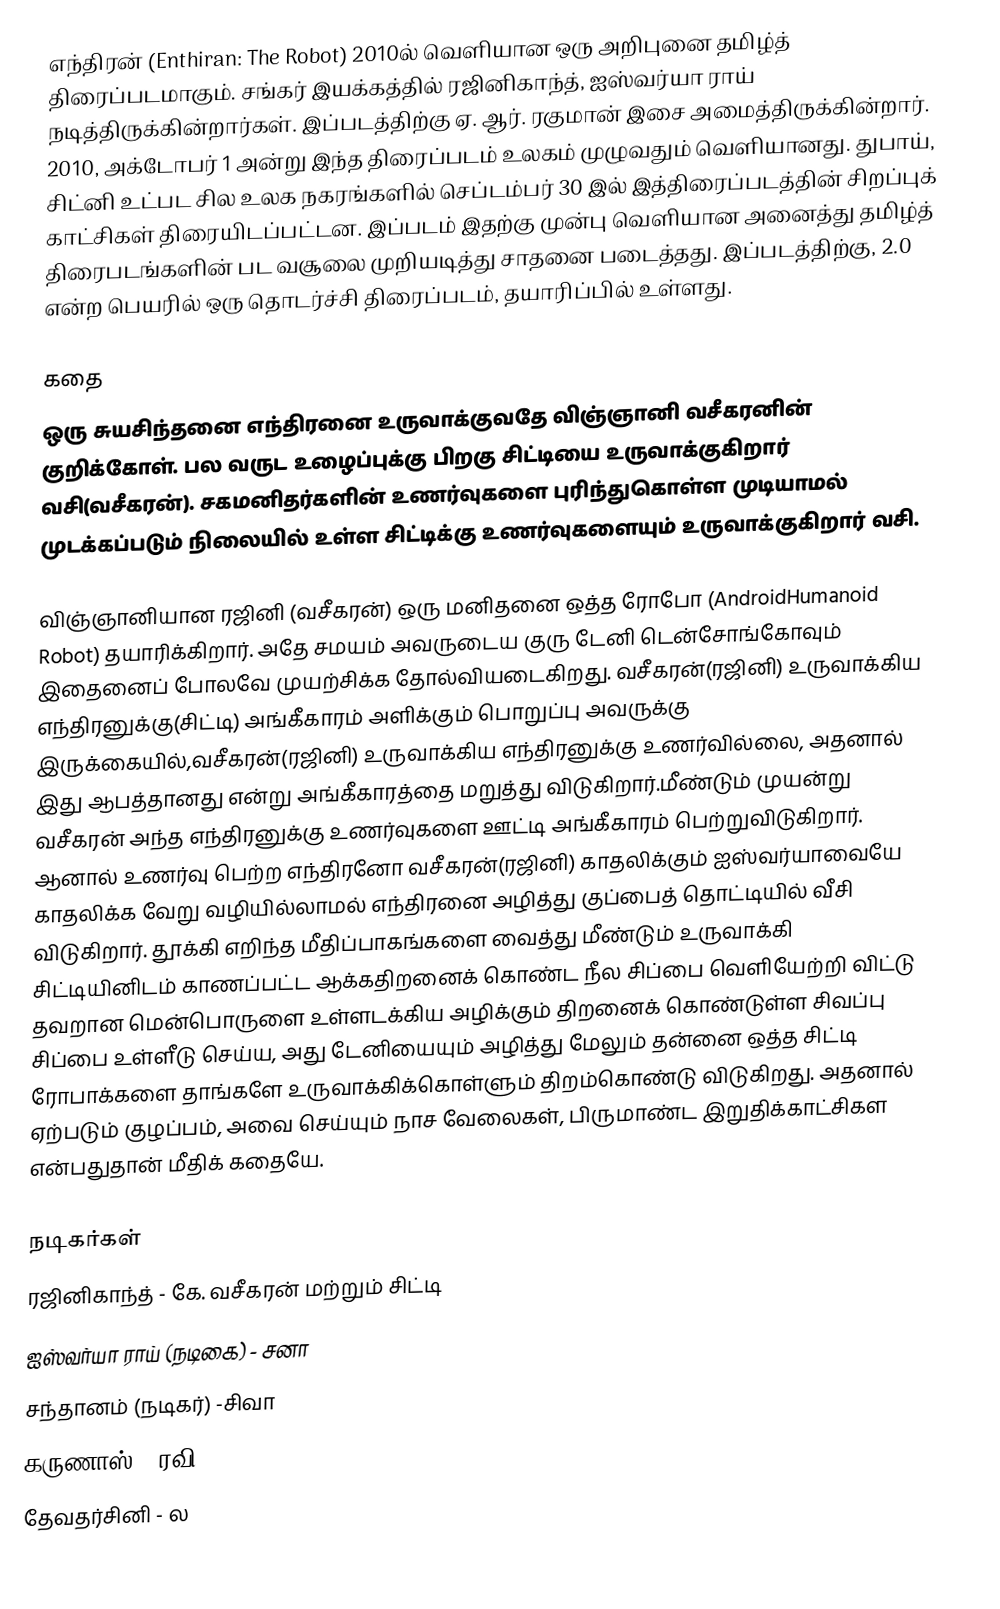
எந்திரன் (Enthiran: The Robot) 2010ல் வெளியான ஒரு அறிபுனை தமிழ்த் திரைப்படமாகும். சங்கர் இயக்கத்தில் ரஜினிகாந்த், ஐஸ்வர்யா ராய் நடித்திருக்கின்றார்கள். இப்படத்திற்கு ஏ. ஆர். ரகுமான் இசை அமைத்திருக்கின்றார். 2010, அக்டோபர் 1 அன்று இந்த திரைப்படம் உலகம் முழுவதும் வெளியானது. துபாய், சிட்னி உட்பட சில உலக நகரங்களில் செப்டம்பர் 30 இல் இத்திரைப்படத்தின் சிறப்புக் காட்சிகள் திரையிடப்பட்டன. இப்படம் இதற்கு முன்பு வெளியான அனைத்து தமிழ்த் திரைபடங்களின் பட வசூலை முறியடித்து சாதனை படைத்தது. இப்படத்திற்கு, 2.0 என்ற பெயரில் ஒரு தொடர்ச்சி திரைப்படம், தயாரிப்பில் உள்ளது.

கதை
ஒரு சுயசிந்தனை எந்திரனை உருவாக்குவதே விஞ்ஞானி வசீகரனின் குறிக்கோள். பல வருட உழைப்புக்கு பிறகு சிட்டியை உருவாக்குகிறார் வசி(வசீகரன்). சகமனிதர்களின் உணர்வுகளை புரிந்துகொள்ள முடியாமல் முடக்கப்படும் நிலையில் உள்ள சிட்டிக்கு உணர்வுகளையும் உருவாக்குகிறார் வசி.

விஞ்ஞானியான ரஜினி (வசீகரன்) ஒரு மனிதனை ஒத்த ரோபோ (AndroidHumanoid Robot) தயாரிக்கிறார். அதே சமயம் அவருடைய குரு டேனி டென்சோங்கோவும் இதைனைப் போலவே முயற்சிக்க தோல்வியடைகிறது. வசீகரன்(ரஜினி) உருவாக்கிய எந்திரனுக்கு(சிட்டி) அங்கீகாரம் அளிக்கும் பொறுப்பு அவருக்கு இருக்கையில்,வசீகரன்(ரஜினி) உருவாக்கிய எந்திரனுக்கு உணர்வில்லை, அதனால் இது ஆபத்தானது என்று அங்கீகாரத்தை மறுத்து விடுகிறார்.மீண்டும் முயன்று வசீகரன் அந்த எந்திரனுக்கு உணர்வுகளை ஊட்டி அங்கீகாரம் பெற்றுவிடுகிறார். ஆனால் உணர்வு பெற்ற எந்திரனோ வசீகரன்(ரஜினி) காதலிக்கும் ஐஸ்வர்யாவையே காதலிக்க வேறு வழியில்லாமல் எந்திரனை அழித்து குப்பைத் தொட்டியில் வீசி விடுகிறார். தூக்கி எறிந்த மீதிப்பாகங்களை வைத்து மீண்டும் உருவாக்கி சிட்டியினிடம் காணப்பட்ட ஆக்கதிறனைக்  கொண்ட நீல சிப்பை வெளியேற்றி விட்டு தவறான மென்பொருளை உள்ளடக்கிய அழிக்கும் திறனைக் கொண்டுள்ள சிவப்பு சிப்பை உள்ளீடு செய்ய, அது டேனியையும் அழித்து மேலும் தன்னை ஒத்த சிட்டி ரோபாக்களை தாங்களே உருவாக்கிக்கொள்ளும் திறம்கொண்டு விடுகிறது. அதனால் ஏற்படும் குழப்பம், அவை செய்யும் நாச வேலைகள், பிருமாண்ட இறுதிக்காட்சிகள என்பதுதான் மீதிக் கதையே.

நடிகர்கள்
 ரஜினிகாந்த் - கே. வசீகரன் மற்றும் சிட்டி
 ஐஸ்வர்யா ராய் (நடிகை) - சனா
 சந்தானம் (நடிகர்) -சிவா
 கருணாஸ் - ரவி
 தேவதர்சினி - ல